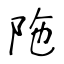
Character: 陁